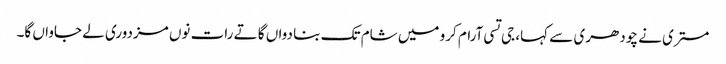
مستری نے چودھری سے کہا، جی تسی آرام کرو میں شام تک بنا دواں گا تے رات نوں مزدوری لے جاواں گا۔